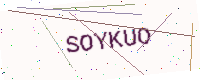
Text: SOYKUO